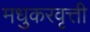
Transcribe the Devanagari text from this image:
मधुकरवृत्ती